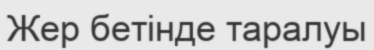
Жер бетінде таралуы